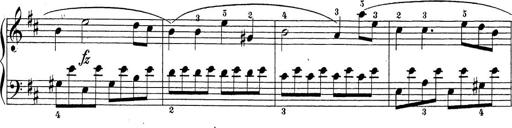
Title: Sonatina Album
Composer: Louis KÃ¶hler